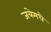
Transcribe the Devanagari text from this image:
जत्रेमधे